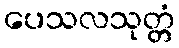
ပေသလသုတ္တံ